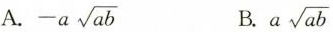
A. -a\sqrt{ab} B.a\sqrt{ab}